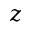
z